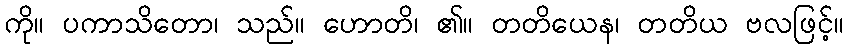
ကို။ ပကာသိတော၊ သည်။ ဟောတိ၊ ၏။ တတိယေန၊ တတိယ ဗလဖြင့်။